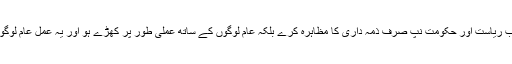
یہ کام اس صورت میں ممکن ہوتا ہے جب ریاست اور حکومت نپ صرف ذمہ داری کا مظاہرہ کرے بلکہ عام لوگوں کے ساتھ عملی طور پر کھڑے ہو اور یہ عمل عام لوگوں کو واضح طور پر نظر بھی آنا چاہیے۔